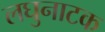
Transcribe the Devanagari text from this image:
लघुनाटक